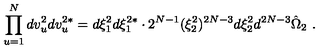
\prod _ { u = 1 } ^ { N } d v _ { u } ^ { 2 } d v _ { u } ^ { 2 * } = d \xi _ { 1 } ^ { 2 } d \xi _ { 1 } ^ { 2 * } \cdot 2 ^ { N - 1 } ( \xi _ { 2 } ^ { 2 } ) ^ { 2 N - 3 } d \xi _ { 2 } ^ { 2 } d ^ { 2 N - 3 } \hat { \Omega } _ { 2 } \ .